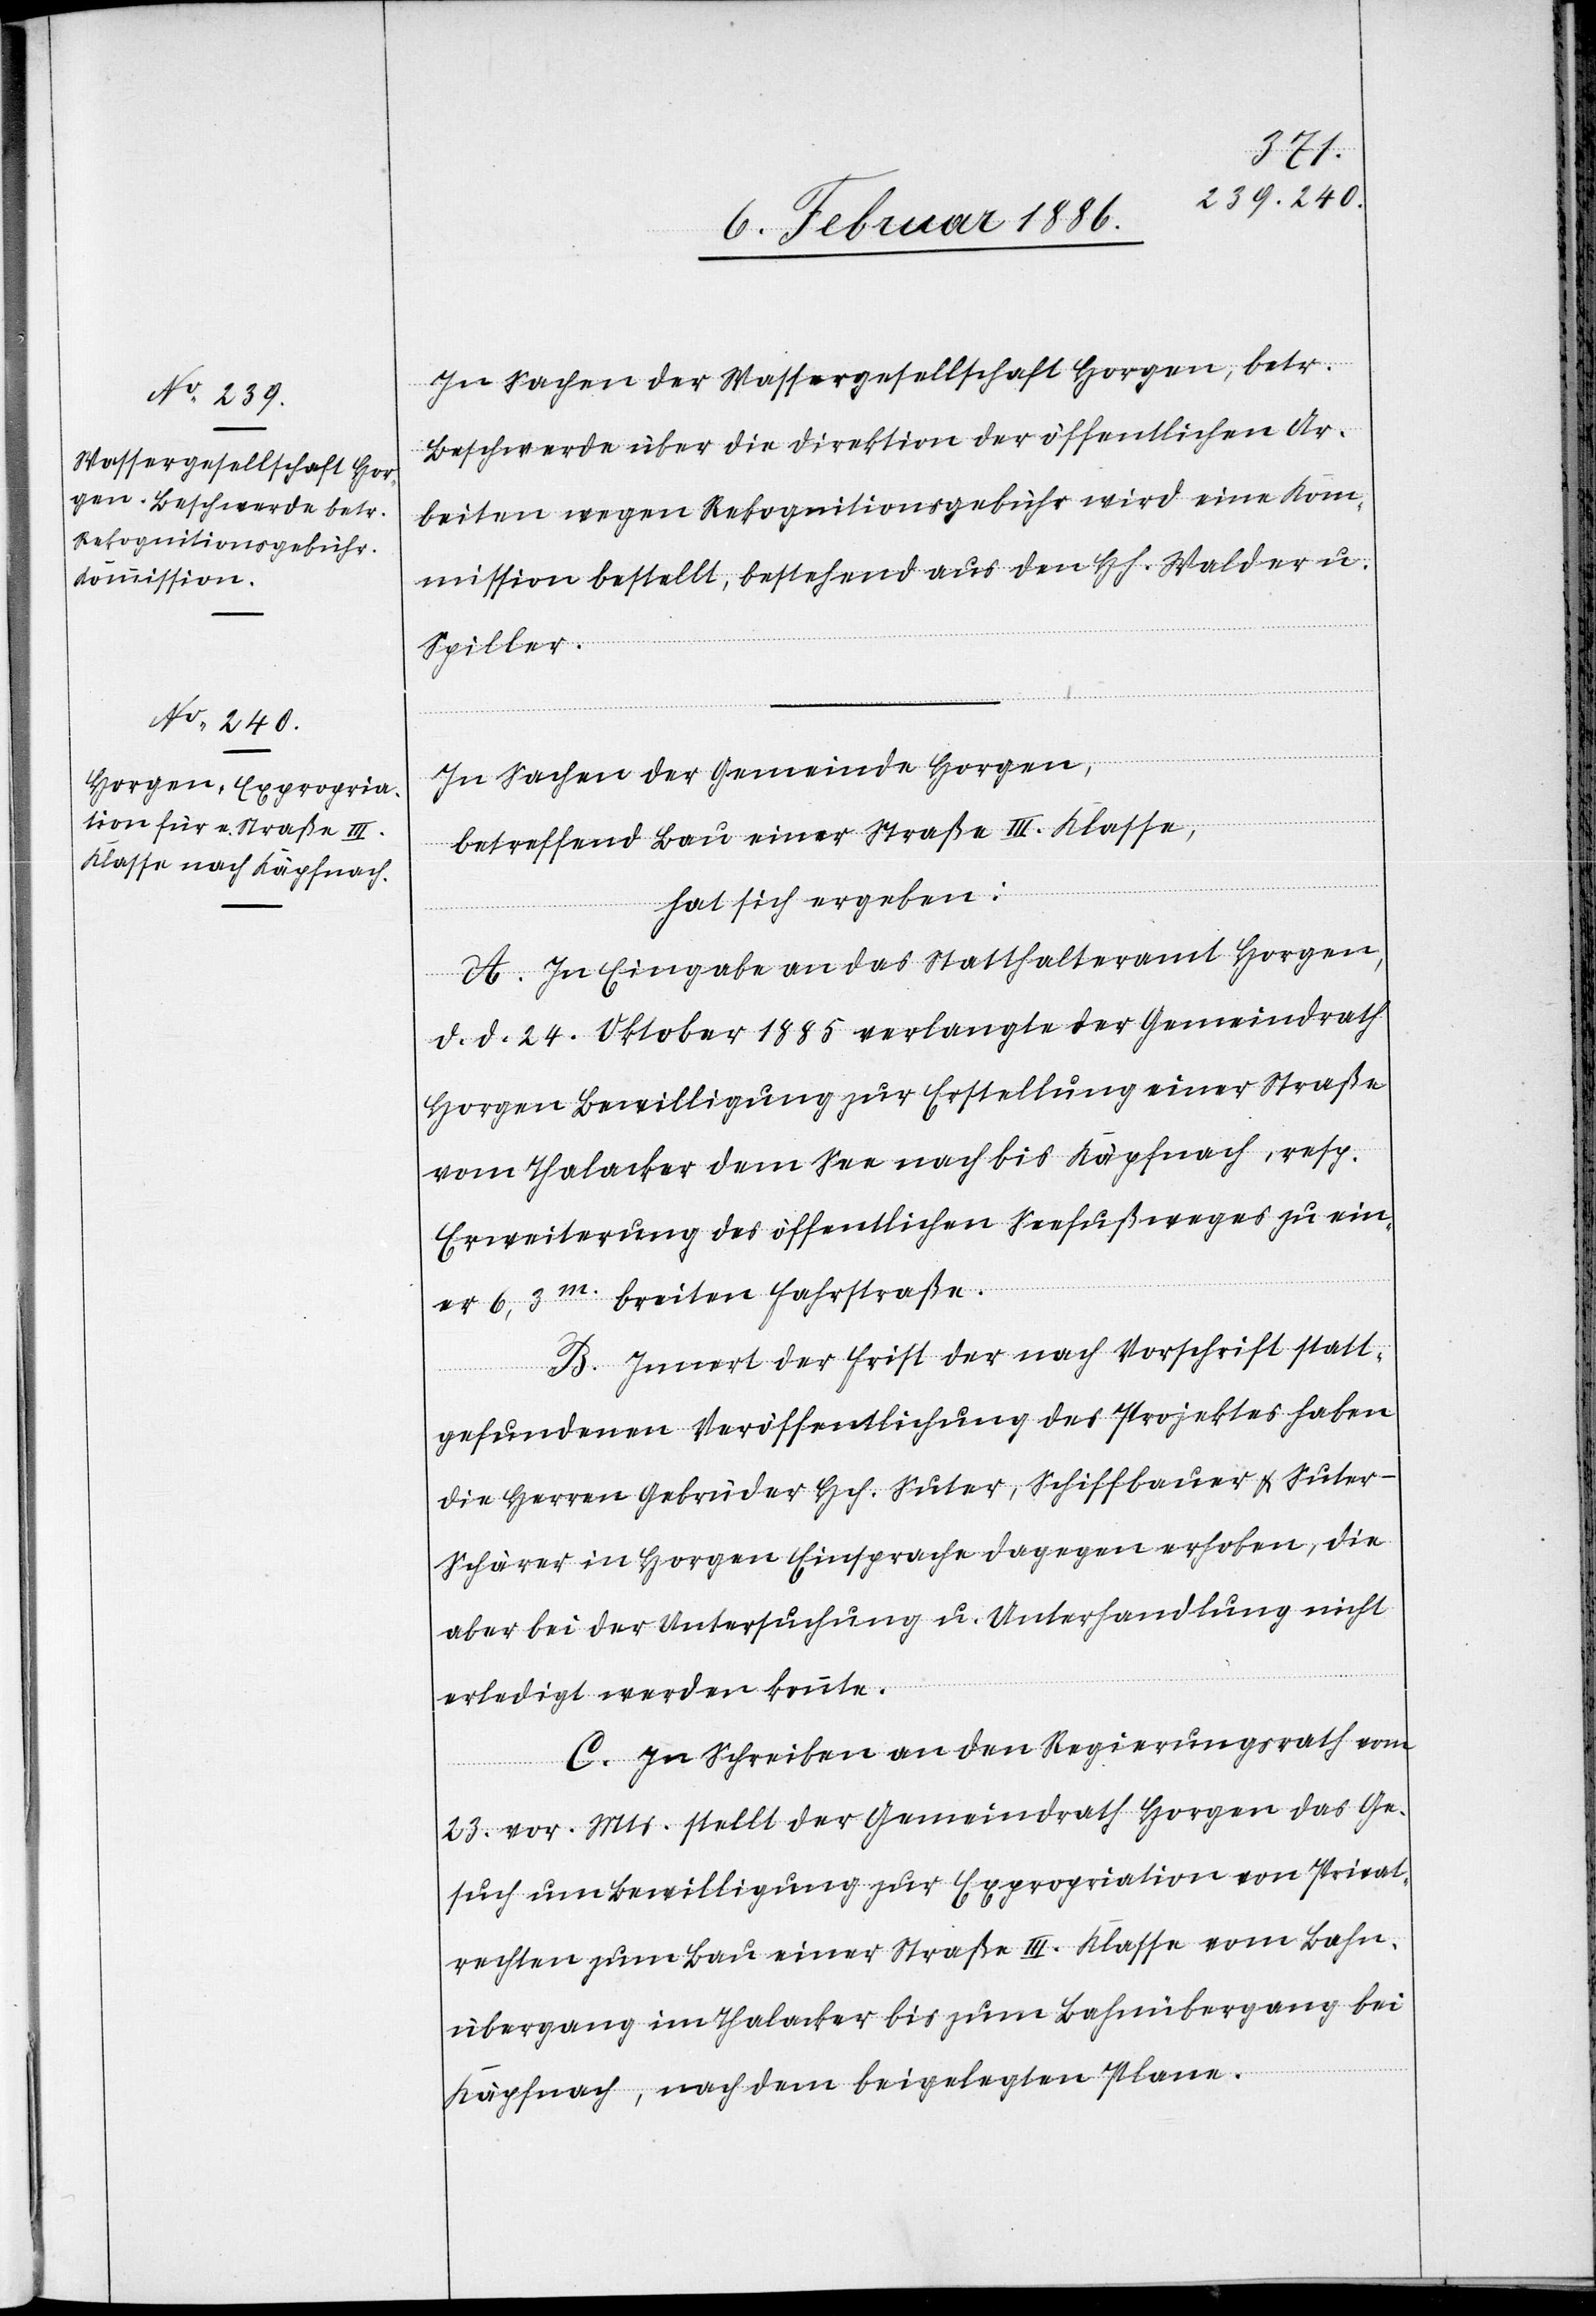
In Sachen der Wassergesellschaft Horgen, betr.
Beschwerde über die Direktion der öffentlichen Ar¬
beiten wegen Rekognitionsgebühr wird eine Kom¬
mission bestellt, bestehend aus den Hh. Walder u.
Spiller.
In Sachen der Gemeinde Horgen,
betreffend Bau einer Straße III. Klasse,
hat sich ergeben:
A. In Eingabe an das Statthalteramt Horgen,
d. d. 24. Oktober 1885 verlangte der Gemeindrath
Horgen Bewilligung zur Erstellung einer Straße
vom Thalacker am See nach bis Käpfnach, resp.
Erweiterung des öffentlichen Seefußweges zu ein¬
er 6,3m. breiten Fahrstraße.
B. Innert der Frist der nach Vorschrift statt¬
gefundenen Veröffentlichung des Projektes haben
die Herren Gebrüder Hch. Suter, Schiffbauer & Sute¬
r-Schärer in Horgen Einsprache dagegen erhoben, die
aber bei der Untersuchung u. Unterhandlung nicht
erledigt werden konnte.
C. In Schreiben an den Regierungsrath vom
23. vor. Mts. stellt der Gemeindrath Horgen das Ge¬
such um Bewilligung zur Expropriation von Privat¬
rechten zum Bau einer Straße II. Klasse vom Bahn¬
übergang im Thalacker bis zum Bahnübergang bei
Käpfnach, nach dem beigelegten Plane.